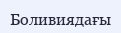
Боливиядағы